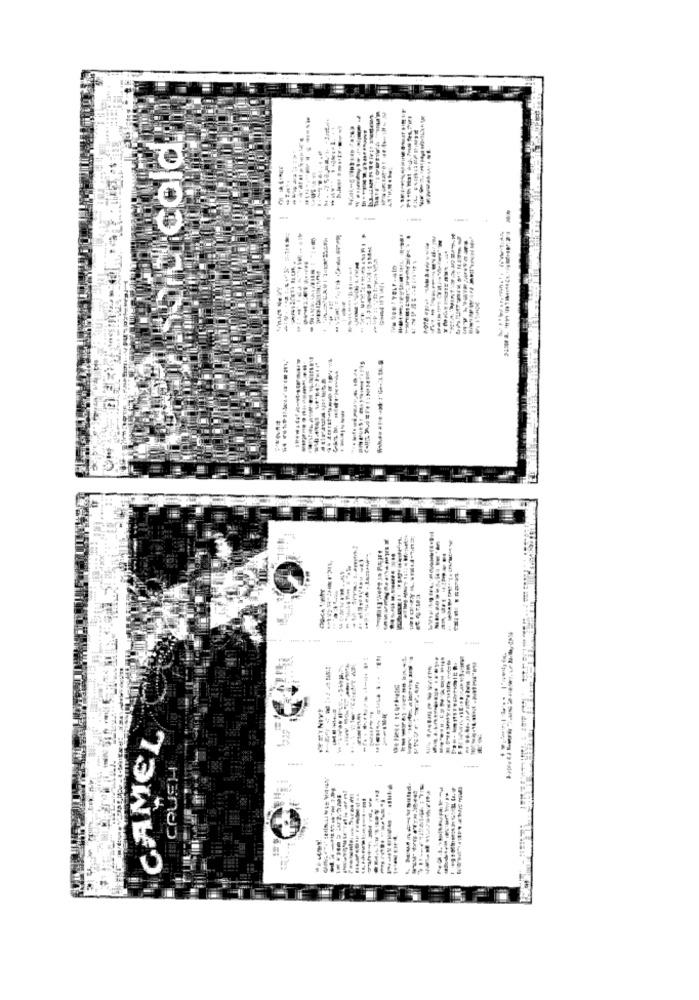
sort cold.
.........
-------- 4
4 .-...
7-15 484-
CAMEL
GAINEE
-----
- -
--------
---
HandD